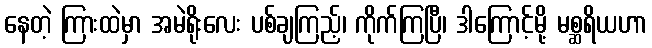
နေတဲ့ ကြားထဲမှာ အမဲရိုးလေး ပစ်ချကြည့်၊ ကိုက်ကြပြီ၊ ဒါကြောင့်မို့ မစ္ဆရိယဟာ